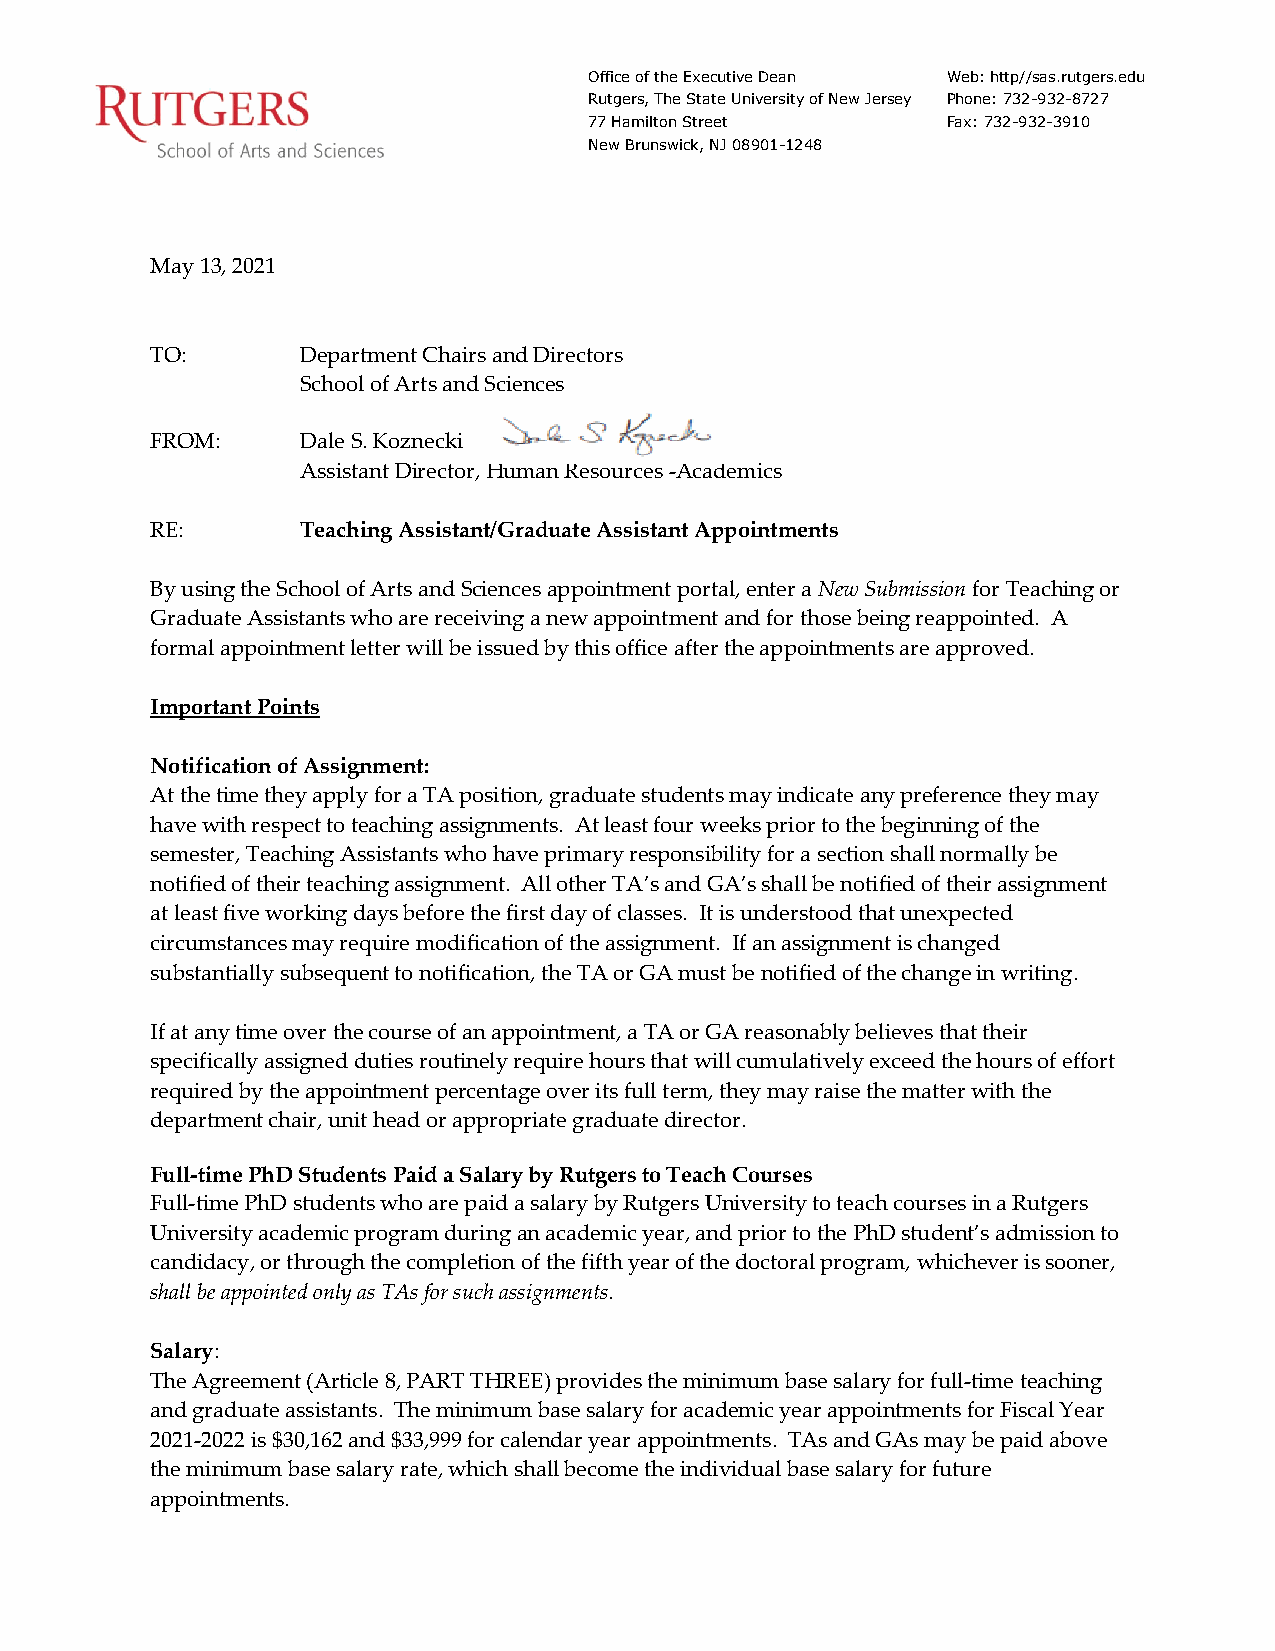
Office of the Executive Dean Web: http//sas.rutgers.edu
 Rutgers, The State University of New Jersey Phone: 732-932-8727
 77 Hamilton Street      Fax: 732-932-3910
 New Brunswick, NJ 08901-1248
 May 13, 2021
 TO:       Department Chairs and Directors
 School of Arts and Sciences
 FROM:     Dale S. Koznecki
 Assistant Director, Human Resources -Academics
 RE:       Teaching Assistant/Graduate Assistant Appointments
 By using the School of Arts and Sciences appointment portal, enter a New Submission for Teaching or
 Graduate Assistants who are receiving a new appointment and for those being reappointed. A
 formal appointment letter will be issued by this office after the appointments are approved.
 Important Points
 Notification of Assignment:
 At the time they apply for a TA position, graduate students may indicate any preference they may
 have with respect to teaching assignments. At least four weeks prior to the beginning of the
 semester, Teaching Assistants who have primary responsibility for a section shall normally be
 notified of their teaching assignment. All other TA’s and GA’s shall be notified of their assignment
 at least five working days before the first day of classes. It is understood that unexpected
 circumstances may require modification of the assignment. If an assignment is changed
 substantially subsequent to notification, the TA or GA must be notified of the change in writing.
 If at any time over the course of an appointment, a TA or GA reasonably believes that their
 specifically assigned duties routinely require hours that will cumulatively exceed the hours of effort
 required by the appointment percentage over its full term, they may raise the matter with the
 department chair, unit head or appropriate graduate director.
 Full-time PhD Students Paid a Salary by Rutgers to Teach Courses
 Full-time PhD students who are paid a salary by Rutgers University to teach courses in a Rutgers
 University academic program during an academic year, and prior to the PhD student’s admission to
 candidacy, or through the completion of the fifth year of the doctoral program, whichever is sooner,
 shall be appointed only as TAs for such assignments.
 Salary:
 The Agreement (Article 8, PART THREE) provides the minimum base salary for full-time teaching
 and graduate assistants. The minimum base salary for academic year appointments for Fiscal Year
 2021-2022 is $30,162 and $33,999 for calendar year appointments. TAs and GAs may be paid above
 the minimum base salary rate, which shall become the individual base salary for future
 appointments.